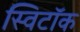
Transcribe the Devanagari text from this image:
स्विटॉक